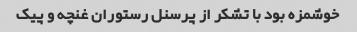
خوشمزه بود با تشکر از پرسنل رستوران غنچه و پیک